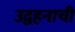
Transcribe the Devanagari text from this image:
उद्वहनाची